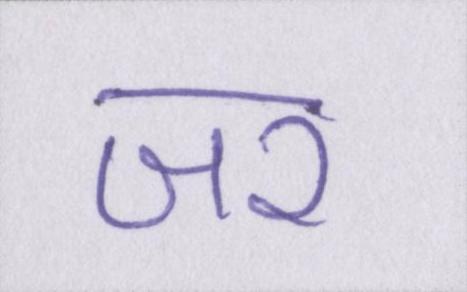
जर